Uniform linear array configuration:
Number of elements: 32
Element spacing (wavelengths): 1
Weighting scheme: exponential
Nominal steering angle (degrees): -30
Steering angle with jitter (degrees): -30.319
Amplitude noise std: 0.05
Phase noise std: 0.05

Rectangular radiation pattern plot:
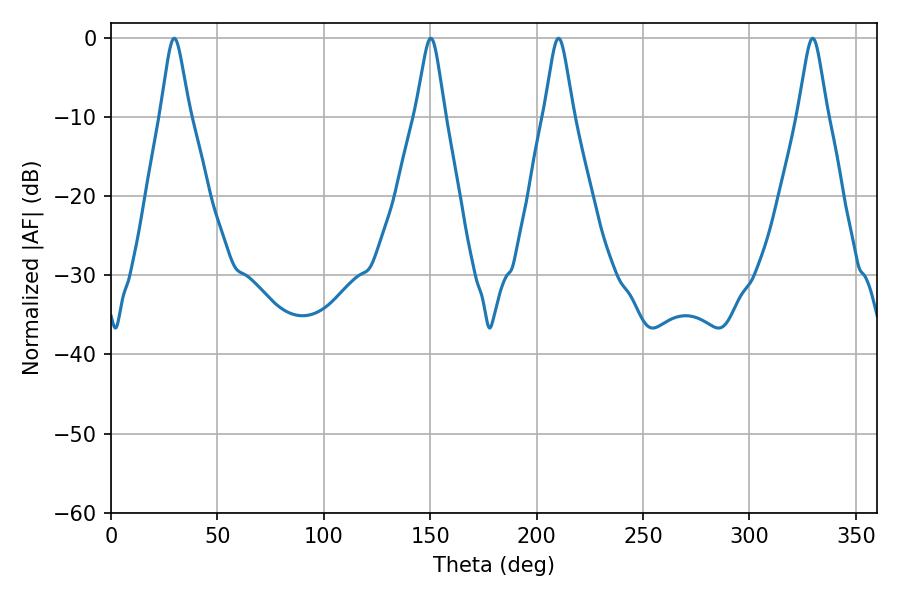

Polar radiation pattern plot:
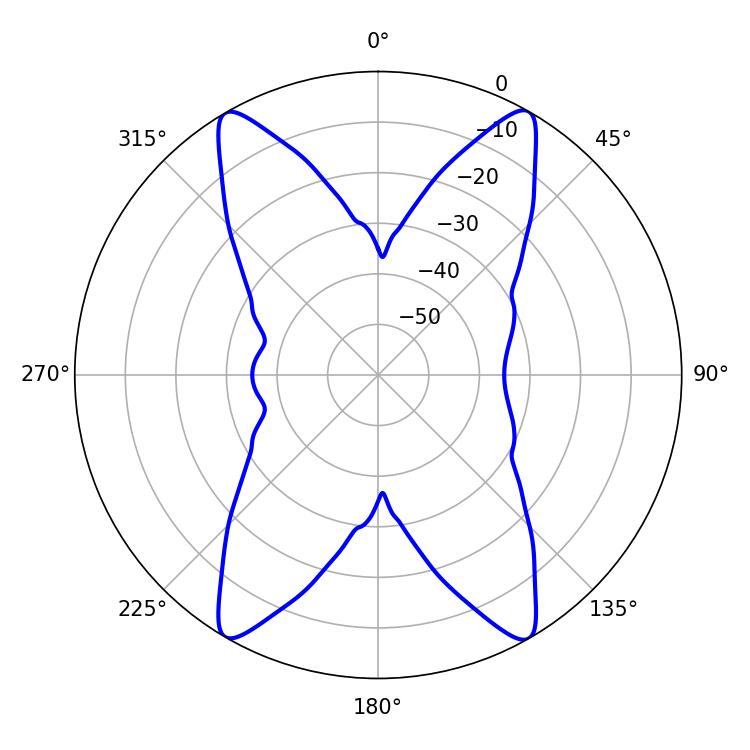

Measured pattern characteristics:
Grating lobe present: TRUE
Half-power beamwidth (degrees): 6.66
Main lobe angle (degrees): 29.7